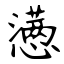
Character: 懑